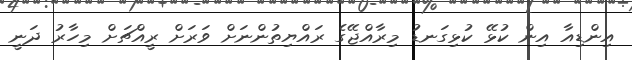
އިންޑިއާ އިން ކުޅޭ ކުޅިގަނޑު މިރާއްޖޭގެ ރައްޔިތުންނަށް ވަރަށް ރީއްޗަށް މިހާރު ދަނީ